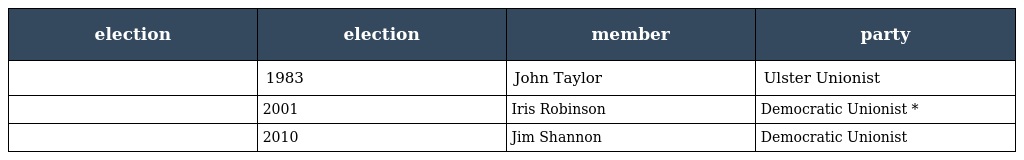
| election | election | member | party |
 | --- | --- | --- | --- |
 |  | 1983 | John Taylor | Ulster Unionist |
 |  | 2001 | Iris Robinson | Democratic Unionist * |
 |  | 2010 | Jim Shannon | Democratic Unionist |